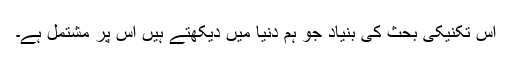
اِس تکنیکی بحث کی بنیاد جو ہم دُنیا میں دیکھتے ہیں اُس پر مشتمل ہے۔